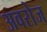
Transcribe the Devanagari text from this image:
अवरोज